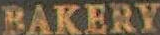
BAKERY